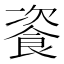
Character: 餈